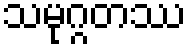
သမုဂ္ဂတဿ